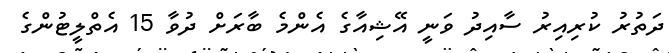
ދަތުރު ކުރިއިރު ސާއިދު ވަނީ އޭޝިއާގެ އެންމެ ބާރަށް ދުވާ 15 އެތްލީޓުންގެ